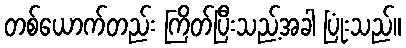
တစ်ယောက်တည်း ကြိတ်ပြီးသည့်အခါ ပြုံးသည်။